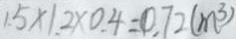
1 . 5 \times 1 . 2 \times 0 . 4 = 0 . 7 2 ( m ^ { 3 } )